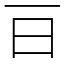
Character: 𣄼